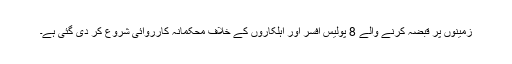
زمینوں پر قبضہ کرنے والے 8 پولیس افسر اور اہلکاروں کے خلاف محکمانہ کارروائی شروع کر دی گئی ہے۔